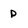
Character: p